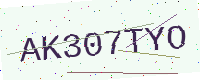
Text: AK307TYO